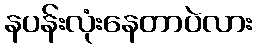
နပန်းလုံးနေတာပဲလား